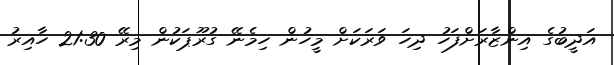
އަދީބުގެ އިންޒާރަށްފަހު ދިހަ ވަރަކަށް މީހުން ހިމެނޭ ގުރޫޕަކުން މިރޭ 21:30 ހާއިރު